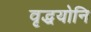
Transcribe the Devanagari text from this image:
वृद्धयोनि